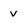
Character: v